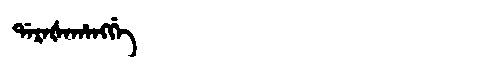
Manchu: ᡩᠠᡵᠠᡧᠠᡥᠠᠩᡤᡝ
Romanization: DARAŠAHANGGE